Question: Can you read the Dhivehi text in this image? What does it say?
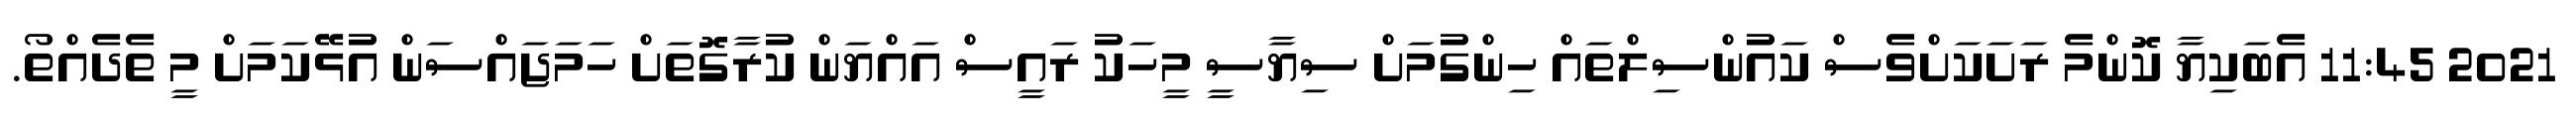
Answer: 2021 11:45 އެބަކިޔާ ކޮންމެ ރަށަކަށްވެސް ކައުންސިލްތައް ހިންގުމަށް ސިޔާސީ މީހަކު ރައީސް އައްޔަން ކުރާގޮތަށް ހަމަޖައްސަން އުޅޭކަމަށް މީ ތެދެއްތޯ.